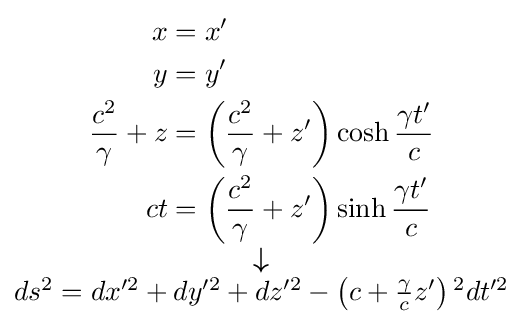
\scriptstyle {\begin{matrix}{\begin{aligned}x&=x'\\y&=y'\\{\frac {c^{2}}{\gamma }}+z&=\left({\frac {c^{2}}{\gamma }}+z'\right)\cosh {\frac {\gamma t'}{c}}\\ct&=\left({\frac {c^{2}}{\gamma }}+z'\right)\sinh {\frac {\gamma t'}{c}}\end{aligned}}\\{\boldsymbol {\downarrow }}\\ds^{2}=dx^{\prime 2}+dy^{\prime 2}+dz^{\prime 2}-\left(c+{\frac {\gamma }{c}}z'\right){}^{2}dt^{\prime 2}\end{matrix}}